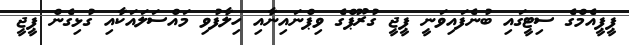
ޕީޕީއެމްގެ ސިޓީގައި ބުނެފައިވަނީ ޕީޖީ ގުރޫޕްގެ ވިޕްނައިނާއި ހިލާފުވި މައްސަލައަކާއި ގުޅިގެން ޕީޖީ